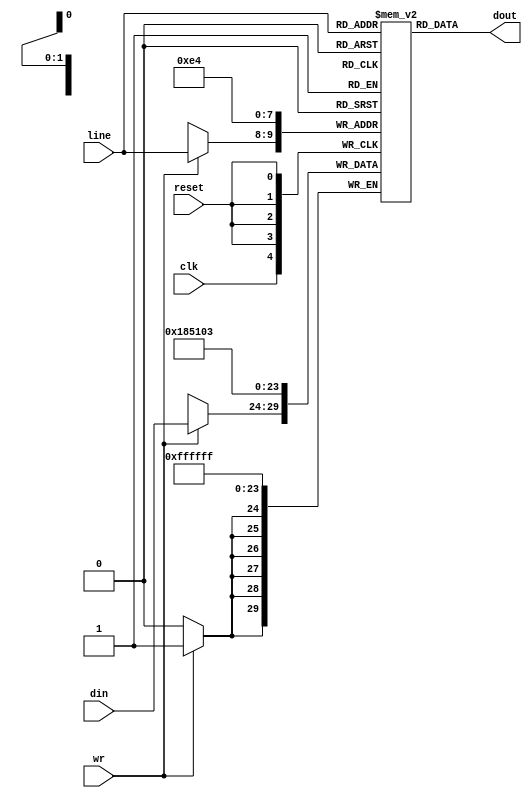
// simpletag cache 4 lines tag 6 bits 
module Mtag ( clk, line,  din, wr, dout , reset);
input clk;
input [1:0] line;
input [5:0] din;
input wr;
output [5:0] dout;
input reset;


reg [5:0] memory[0:3];
reg [5:0] dout;

always @(posedge clk )
  begin
    if (wr)
      memory[line] <= din; 
  end

always @ (*)
  begin 
  dout <= memory[line];
  end

always @( posedge reset) 
			if(reset) // inicia  para testes
				begin
				  memory[0] <= 6'h3;
				  memory[1] <= 6'h4;
				  memory[2] <= 6'h5;
				  memory[3] <= 6'h6;
				end


endmodule